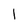
Character: l